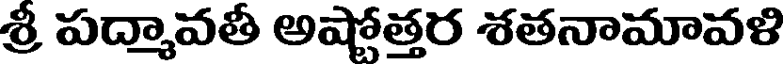
శ్రీ పద్మావతీ అష్టోత్తర శతనామావళి